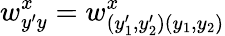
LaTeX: w_{y^{\prime}y}^{x}=w_{(y_{1}^{\prime},y_{2}^{\prime})(y_{1},y_{2})}^{x}